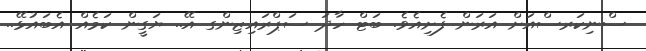
ސްނިކަރސްއަށް އަރަން ފެށިއެވެ. ބަޓް ހާދަ ސަޕްރައިޒިންގ އޭ.. ޔަގީން ކަމެއް އެބައުޅޭ..